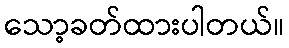
သော့ခတ်ထားပါတယ်။